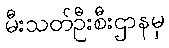
မီးသတ်ဦးစီးဌာနမှ